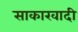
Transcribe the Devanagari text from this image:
साकारवादी